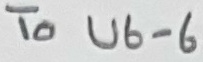
Text: To U6-6